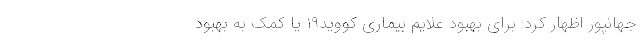
جهانپور اظهار کرد: برای بهبود علایم بیماری کووید١٩ یا کمک به بهبود